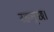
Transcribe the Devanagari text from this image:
रहन्छ।